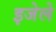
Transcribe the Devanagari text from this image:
इजेले